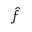
\hat { f }